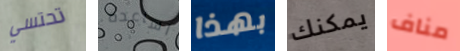
تحتسي اساعده بهذا يمكنك مناف